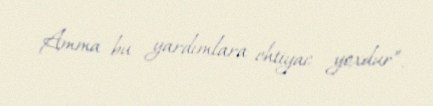
Amma bu yardımlara ehtiyac yoxdur”.